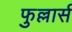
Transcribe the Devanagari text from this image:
फुल्लार्स